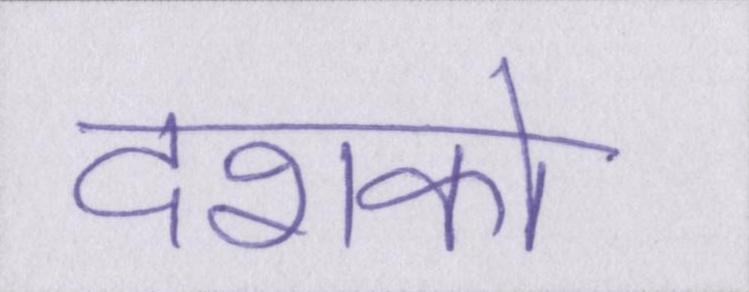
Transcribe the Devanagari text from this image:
दशको